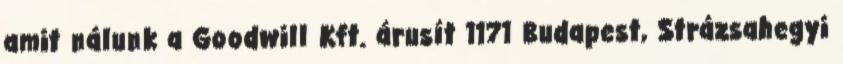
amit nálunk a Goodwill Kft. árusít 1171 Budapest, Strázsahegyi